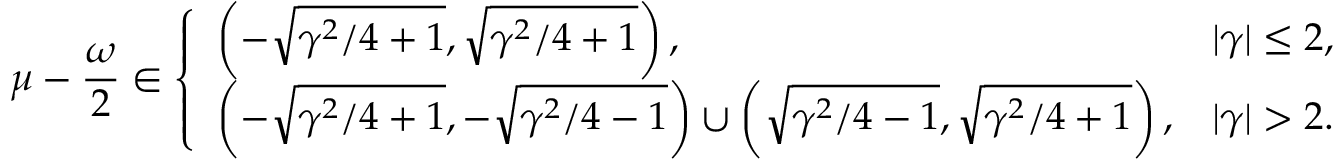
\mu - \frac { \omega } { 2 } \in \left\{ \begin{array} { l l } { \left( - \sqrt { \gamma ^ { 2 } / 4 + 1 } , \sqrt { \gamma ^ { 2 } / 4 + 1 } \right) , } & { | \gamma | \leq 2 , } \\ { \left( - \sqrt { \gamma ^ { 2 } / 4 + 1 } , - \sqrt { \gamma ^ { 2 } / 4 - 1 } \right) \cup \left( \sqrt { \gamma ^ { 2 } / 4 - 1 } , \sqrt { \gamma ^ { 2 } / 4 + 1 } \right) , } & { | \gamma | > 2 . } \end{array} \right.